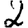
Digit: 2